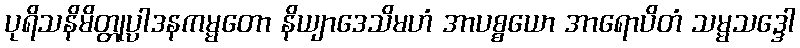
ပုရိသနိမိတ္တုပ္ပါဒနကမ္မတော နိယျာဒေသိမဟံ အာပစ္စယော အာရောပိတံ သမ္မသဒ္ဒေါ